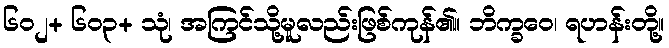
၆၀၂+ ၆၀၃+ သုံ၊ အကြင်သို့မူလည်းဖြစ်ကုန်၏။ ဘိက္ခဝေ၊ ရဟန်းတို့။